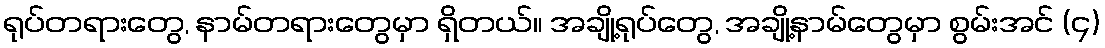
ရုပ်တရားတွေ, နာမ်တရားတွေမှာ ရှိတယ်။ အချို့ရုပ်တွေ, အချို့နာမ်တွေမှာ စွမ်းအင် (၄)